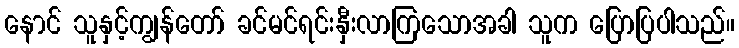
နောင် သူနှင့်ကျွန်တော် ခင်မင်ရင်းနှီးလာကြသောအခါ သူက ပြောပြပါသည်။